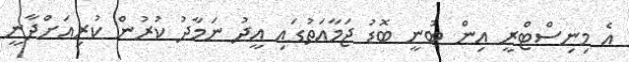
އެ މިނިސްޓްރީ އިން ބުނީ ބޮޑު ޖަމާއަތުގައި އީދު ނަމާދު ކުރުން ކުރިއަށްދާނީ